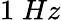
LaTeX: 1\; Hz